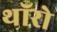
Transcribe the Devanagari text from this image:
थॉरो